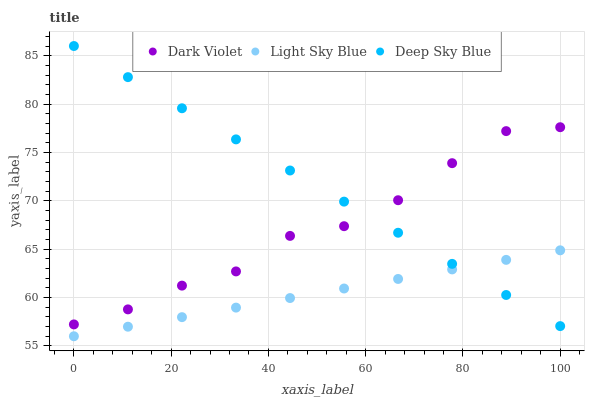
| xaxis_label | Dark Violet | Light Sky Blue | Deep Sky Blue |
 | --- | --- | --- | --- |
 | 0 | 57.2 | 56 | 86 |
 | 11.1 | 58.8 | 57 | 82.8 |
 | 22.2 | 61.2 | 58 | 79.6 |
 | 33.3 | 62.7 | 59 | 76.3 |
 | 44.4 | 66.4 | 59.9 | 73.1 |
 | 55.6 | 67.4 | 60.9 | 69.9 |
 | 66.7 | 70.1 | 61.9 | 66.7 |
 | 77.8 | 73.9 | 62.9 | 63.5 |
 | 88.9 | 77.2 | 63.9 | 60.3 |
 | 100 | 77.6 | 64.9 | 57 |